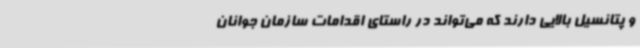
و پتانسیل بالایی دارند که می‌تواند در راستای اقدامات سازمان جوانان